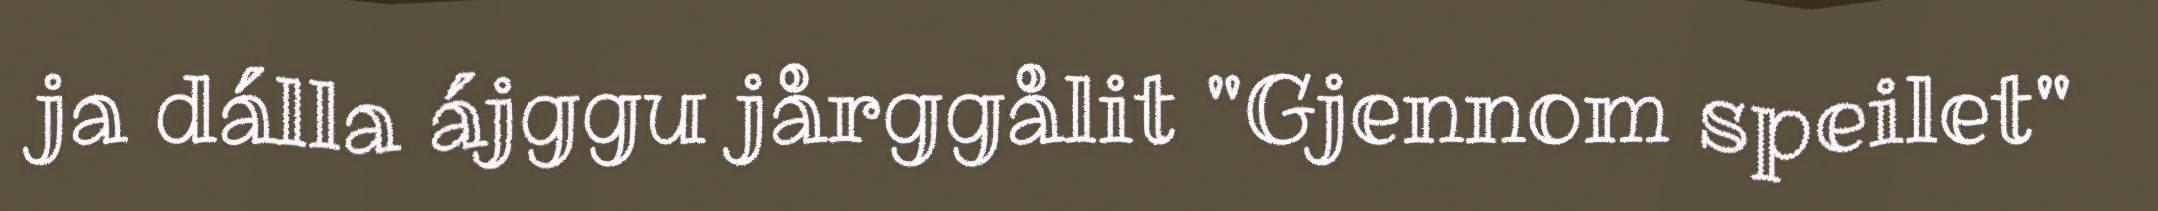
ja dálla ájggu jårggålit "Gjennom speilet"